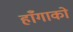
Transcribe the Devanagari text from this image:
हाँगाको